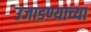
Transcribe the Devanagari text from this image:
उजाडण्याच्या